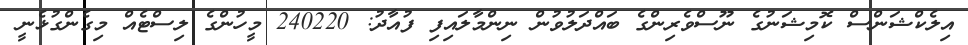
އިލެކްޝަންސް ކޮމިޝަނުގެ ނޫސްވެރިންގެ ބައްދަލުވުން ނިންމާލައިފި ފުއާދު: 240220 މީހުންގެ ލިސްޓެއް މިގެންގުޅެނީ